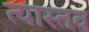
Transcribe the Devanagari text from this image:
त्यास्तव